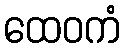
ထေဝကံ